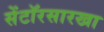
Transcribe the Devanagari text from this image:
सेंटॉरसारखा